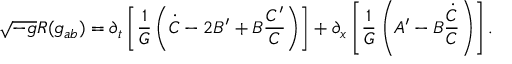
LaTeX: \sqrt { - g } R ( g _ { a b } ) = \partial _ { t } \left[ \frac { 1 } { G } \left( \dot { C } - 2 B ^ { \prime } + B \frac { C ^ { \prime } } { C } \right) \right] + \partial _ { x } \left[ \frac { 1 } { { G } } \left( A ^ { \prime } - B \frac { \dot { C } } { C } \right) \right] .